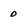
Character: 0